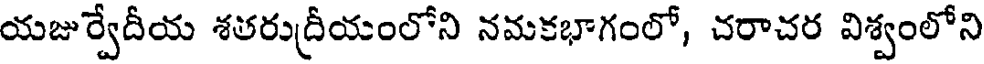
యజుర్వేదీయ శతరుద్రీయంలోని నమకభాగంలో, చరాచర విశ్వంలోని